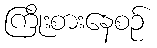
ကြိုးစားနေစဉ်